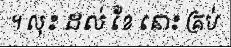
។ លុះ ដល់ ខែ នោះ គ្រប់